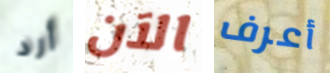
أرد الآن أعرف